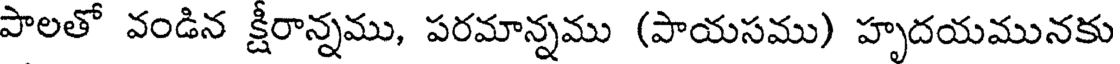
పాలతో వండిన క్షీరాన్నము, పరమాన్నము (పాయసము) హృదయమునకు